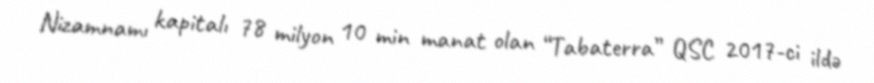
Nizamnamı kapitalı 78 milyon 10 min manat olan “Tabaterra” QSC 2017-ci ildə